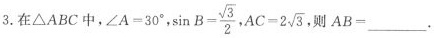
3.在\triangle ABC中，$$\angle A=30^{\circ}$$， $$\sin B= \frac{\sqrt{3}}{2}$$,$$AC=2 \sqrt{3}$$,则$$AB=___$$.